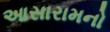
આસારામનો